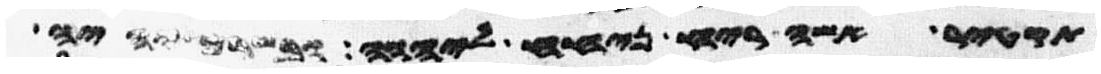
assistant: תקטיר אשה ריח ניחח ליהוה ובשרם יהיה